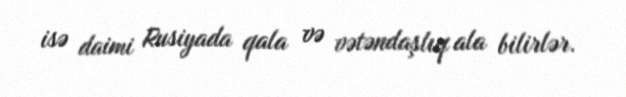
isə daimi Rusiyada qala və vətəndaşlıq ala bilirlər.